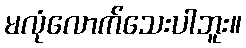
မလုံလောက်သေးပါဘူး။